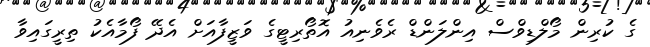
ގެ ކުރިން މޯލްޑިވްސް އިންލަންޑް ރެވެނިއު އޮތޯރިޓީގެ ވަޒީފާއަށް އެދޭ ފޯމާއެކު ތިރީގައިވާ